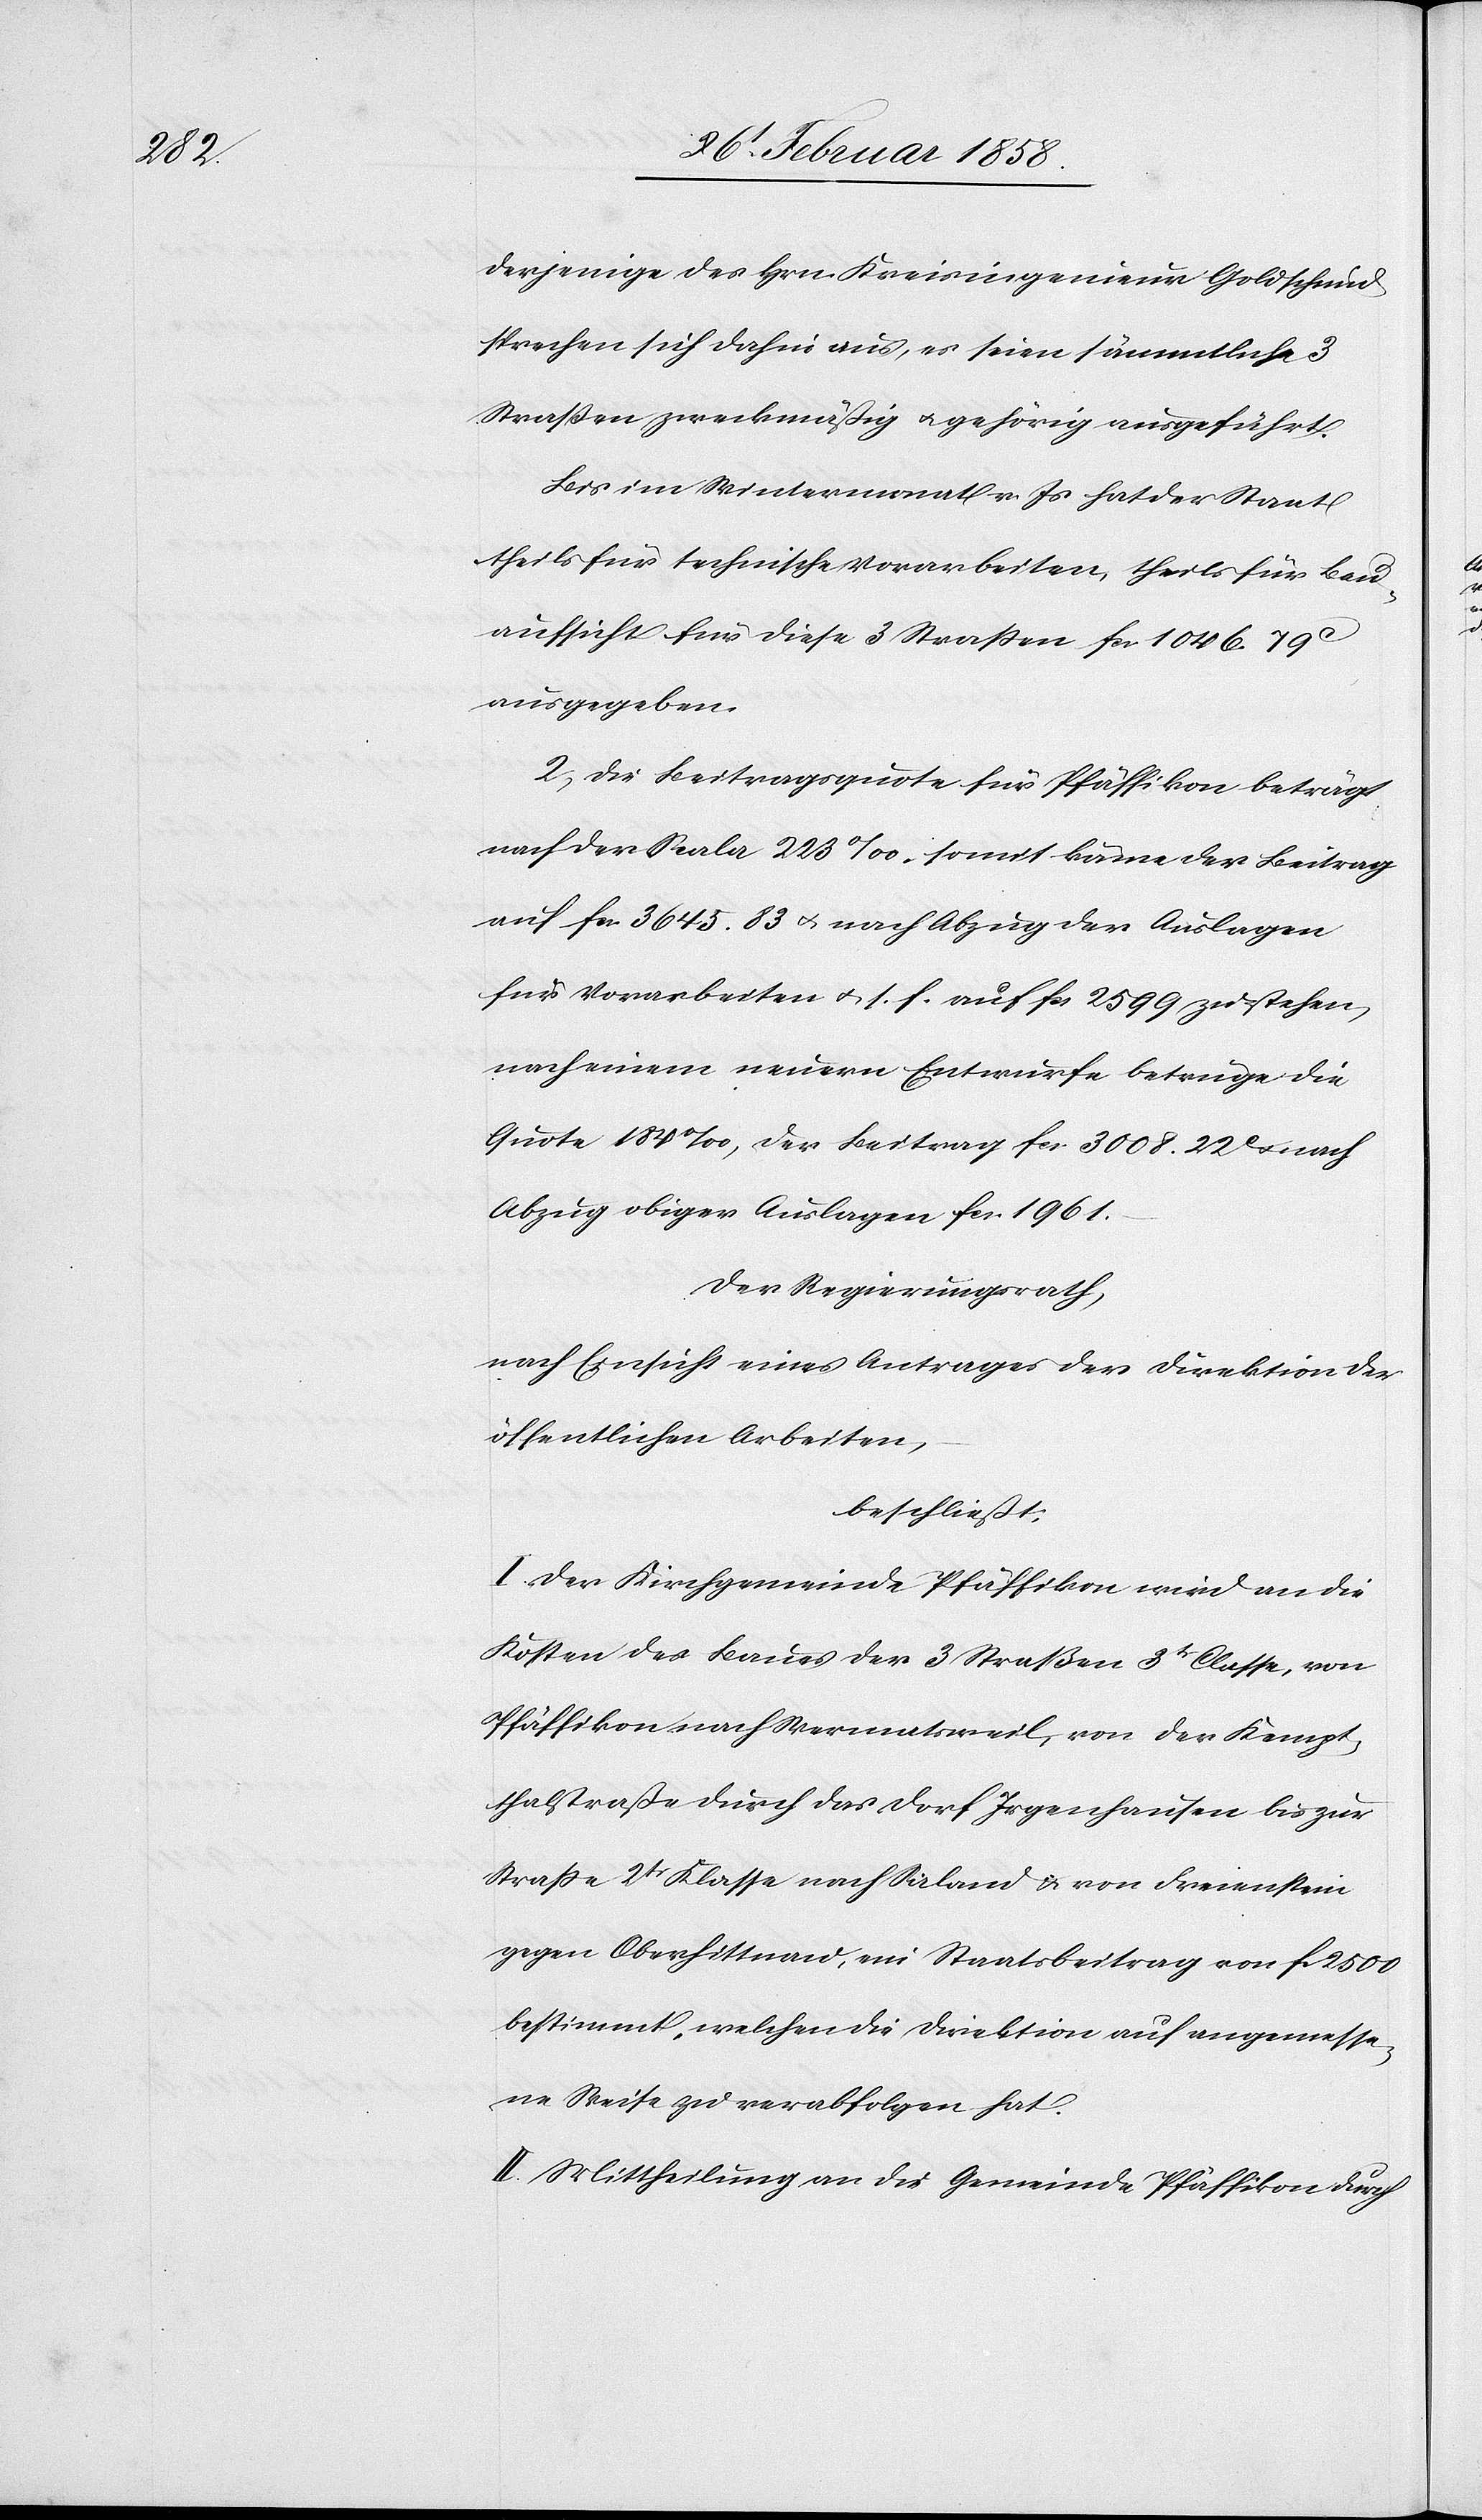
derjenige des Hrn. Kreisingenieur Goldschmid
sprechen sich dahin aus, es seien sämmtliche 3
Straßen zweckmäßig u. gehörig ausgeführt.
Bis im Wintermonat v. Js hat der Staat
theils für technische Vorarbeiten, theils für Bau¬
aufsicht für diese 3 Straßen fcs. 1046. 79
ausgegeben.
2. Die Beitragsquote für Pfäffikon beträgt
nach der Scala 223‰, somit käme der Beitrag
auf fcs. 3645. 83 u. nach Abzug der Auslagen
für Vorarbeiten u. s. f. auf fcs 2599 zu stehen,
nach einem neuern Entwurfe betrüge die
Quote 184‰, der Beitrag fcs. 3008. 22 c u. nach
Abzug obiger Auslagen fcs. 1961.
Der Regierungsrath,
nach Einsicht eines Antrages der Direktion der
öffentlichen Arbeiten,
beschließt:
I. Der Kirchgemeinde Pfäffikon wird an die
Kosten des Baues der 3 Straßen 3tr Classe, von
Pfäffikon nach Wermatsweil, von der Kempt¬
thalstraße durch das Dorf Irgenhausen bis zur
Straße 2tr Klasse nach Saland u. von Freienstein
gegen Oberhittnau, ein Staatsbeitrag von fcs. 2500
bestimmt, welchen die Direktion auf angemesse¬
ne Weise zu verabfolgen hat.
II. Mittheilung an die Gemeinde Pfäffikon durch